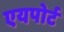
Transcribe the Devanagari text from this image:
एयपोर्ट